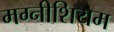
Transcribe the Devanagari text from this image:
मग्नीशियम